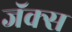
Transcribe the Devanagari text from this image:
जॅक्स